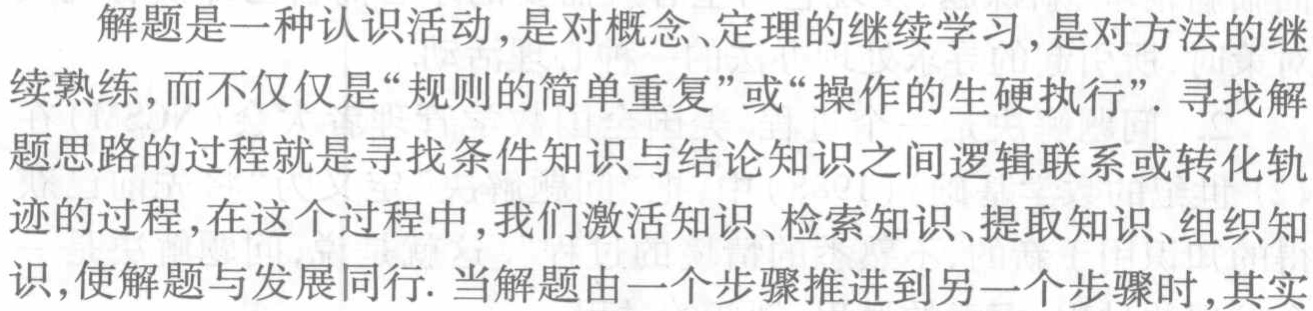
解题是一种认识活动,是对概念、定理的继续学习,是对方法的继

续熟练,而不仅仅是“规则的简单重复”或“操作的生硬执行”. 寻找解

题思路的过程就是寻找条件知识与结论知识之间逻辑联系或转化轨

迹的过程,在这个过程中,我们激活知识、检索知识、提取知识、组织知

识,使解题与发展同行. 当解题由一个步骤推进到另一个步骤时,其实